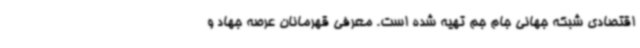
اقتصادی شبکه جهانی جام جم تهیه شده است. معرفی قهرمانان عرصه جهاد و